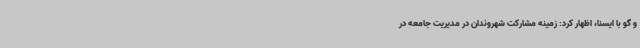
و گو با ایسنا، اظهار کرد: زمینه مشارکت شهروندان در مدیریت جامعه در